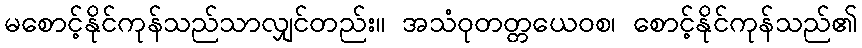
မစောင့်နိုင်ကုန်သည်သာလျှင်တည်း။ အသံဝုတတ္တယေဝစ၊ စောင့်နိုင်ကုန်သည်၏